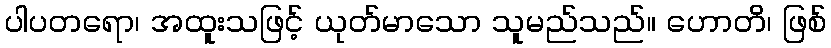
ပါပတရော၊ အထူးသဖြင့် ယုတ်မာသော သူမည်သည်။ ဟောတိ၊ ဖြစ်